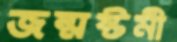
জন্মষ্টমী